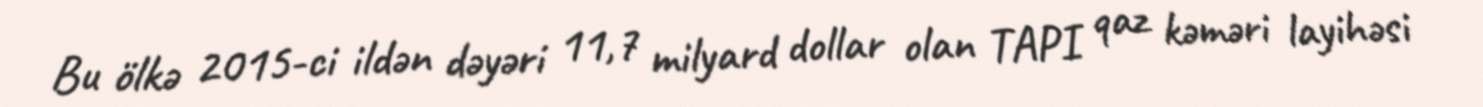
Bu ölkə 2015-ci ildən dəyəri 11,7 milyard dollar olan TAPI qaz kəməri layihəsi